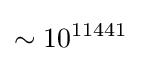
\sim 10^{11441}\,\!